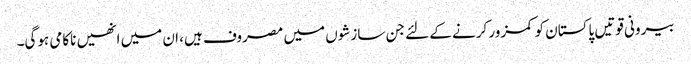
بیرونی قوتیں پاکستان کو کمزور کرنے کے لئے جن سازشوں میں مصروف ہیں، ان میں انھیں ناکامی ہوگی۔